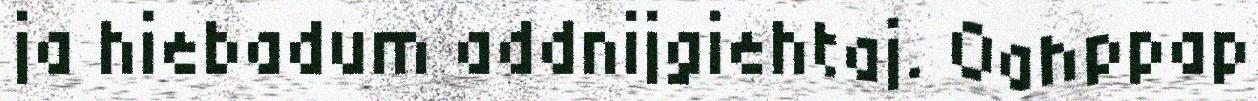
ja hiebadum addnijgiehtaj. Oahppap